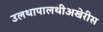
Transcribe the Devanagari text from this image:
उलथापालथीअखेरीस